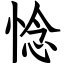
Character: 惗